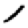
Digit: 1